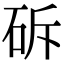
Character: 䂨